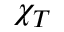
\chi _ { T }